system: You are a helpful assistant.
user:
Analyze the provided spectrum to determine if it is a **"Cataclysmic Variables (CV)"**.

- **Key Indicators for CV (Check for either state):**
    - **State 1: Quiescent / Low-State (Emission-Dominated)**
        - **(Primary):** Strong and *very broad* Hydrogen Balmer emission lines (e.g., $H\alpha$ at 6563 Å, $H\beta$ at 4861 Å). The 'broadness' (high velocity dispersion, often FWHM > 1000 km/s) is the key diagnostic, indicating a high-velocity accretion disk.
        - **(Secondary):** Broad neutral Helium (He I) emission lines (e.g., 5876 Å, 6678 Å).
        - **(Key Confirmation):** Presence of high-excitation *ionized* Helium (He II) emission at 4686 Å. This is a strong indicator of accretion onto a white dwarf.
        - **(Line Profile):** Emission lines may exhibit a 'double-peaked' profile, which is a classic signature of a rotating accretion disk viewed at high inclination.

    - **State 2: Outburst / High-State (Absorption-Dominated)**
        - **(Primary):** Spectrum is dominated by a bright, blue continuum (looks like a hot star).
        - **(Secondary):** The emission lines from State 1 are weak, absent, or 'filled in', and are replaced by broad, shallow *absorption* lines (primarily Balmer and He I).
        - **(Morphology):** The overall spectrum mimics a hot B/A-type star. The crucial difference is that the absorption lines are significantly broader, shallower, and more 'washed-out' (or 'smeared') than the sharp lines of a normal stellar photosphere, due to high rotational speeds and pressure broadening in the disk.

Think first, call **spectral_visualization_tool** if needed to examine features in detail, then provide your final answer. Your response must adhere to the following strict rules:
1.  **Overall Structure:** Your response must follow the format `<think>...</think> <tool_call>...</tool_call> (if a tool is used) <answer>...</answer>`.
2.  **Tool Usage Constraint:** You may only make **one** tool call per turn.
3.  **Final Answer Format:** In the `<answer>` tag, your conclusion must be inside a `\boxed{}` command (e.g., `\boxed{YES}`), followed by your justification.

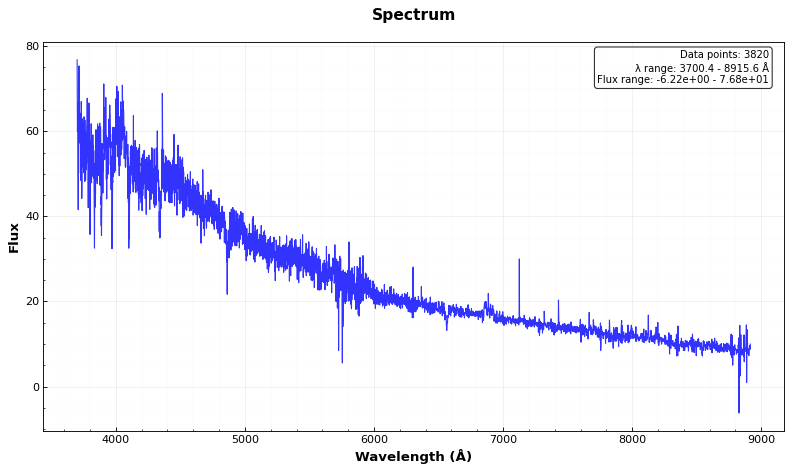
Answer: NO